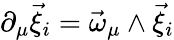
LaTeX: \partial_{\mu}\vec{\xi}_{i}=\vec{\omega}_{\mu}\wedge\vec{\xi}_{i}